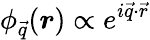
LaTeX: \phi_{\vec{q}}(\boldsymbol{r})\propto e^{i\vec{q}\cdot\vec{r}}